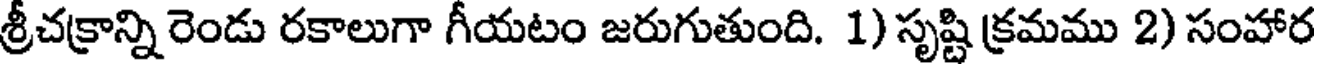
శ్రీచక్రాన్ని రెండు రకాలుగా గీయటం జరుగుతుంది. 1) సృష్టి క్రమము 2) సంహార